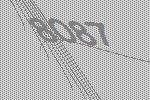
8087